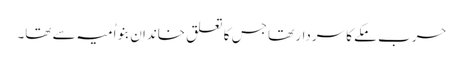
حرب مکے کا سردار تھا جس کا تعلق خاندانِ بنو اُمیہ سے تھا۔